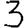
Digit: 3